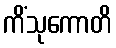
ကိံသုကောတိ